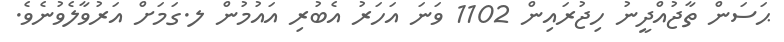
ޙަސަން ތާޖުއްދީނު ހިޖުރައިން 1102 ވަނަ އަހަރު އެބުރި އައުމުން ލ.ގަމަށް އަރުވާލެވުނެވެ.